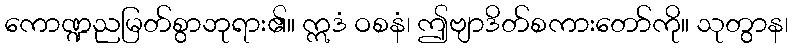
ကောဏ္ဍညမြတ်စွာဘုရား၏။ ဣဒံ ဝစနံ၊ ဤဗျာဒိတ်စကားတော်ကို။ သုတွာန၊